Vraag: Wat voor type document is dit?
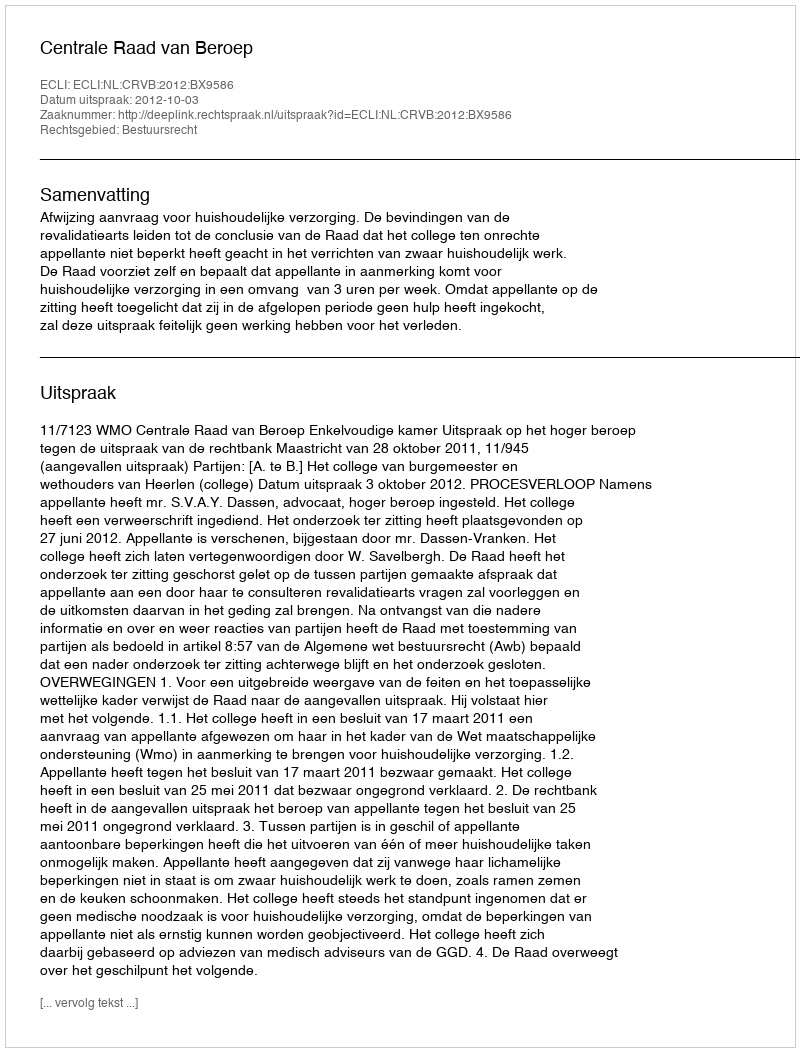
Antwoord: Uitspraak